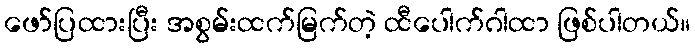
ဖော်ပြထားပြီး အစွမ်းထက်မြက်တဲ့ ထီပေါက်ဂါထာ ဖြစ်ပါတယ်။